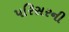
પરિસરની